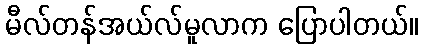
မီလ်တန်အယ်လ်မူလာက ပြောပါတယ်။